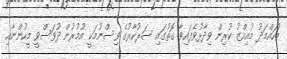
މުހައްމަދު މުއިއްޒު ކުރިން ވިދާޅުވެފައިވާ ގޮތުގައި ސަރުކާރުގެ ވިސްނުމަކީ އުމުރުން ދުވަސްވީ މީހުންނާއި